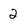
Character: 2